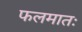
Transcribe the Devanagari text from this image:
फलमातः